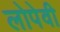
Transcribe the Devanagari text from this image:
लोपेवी